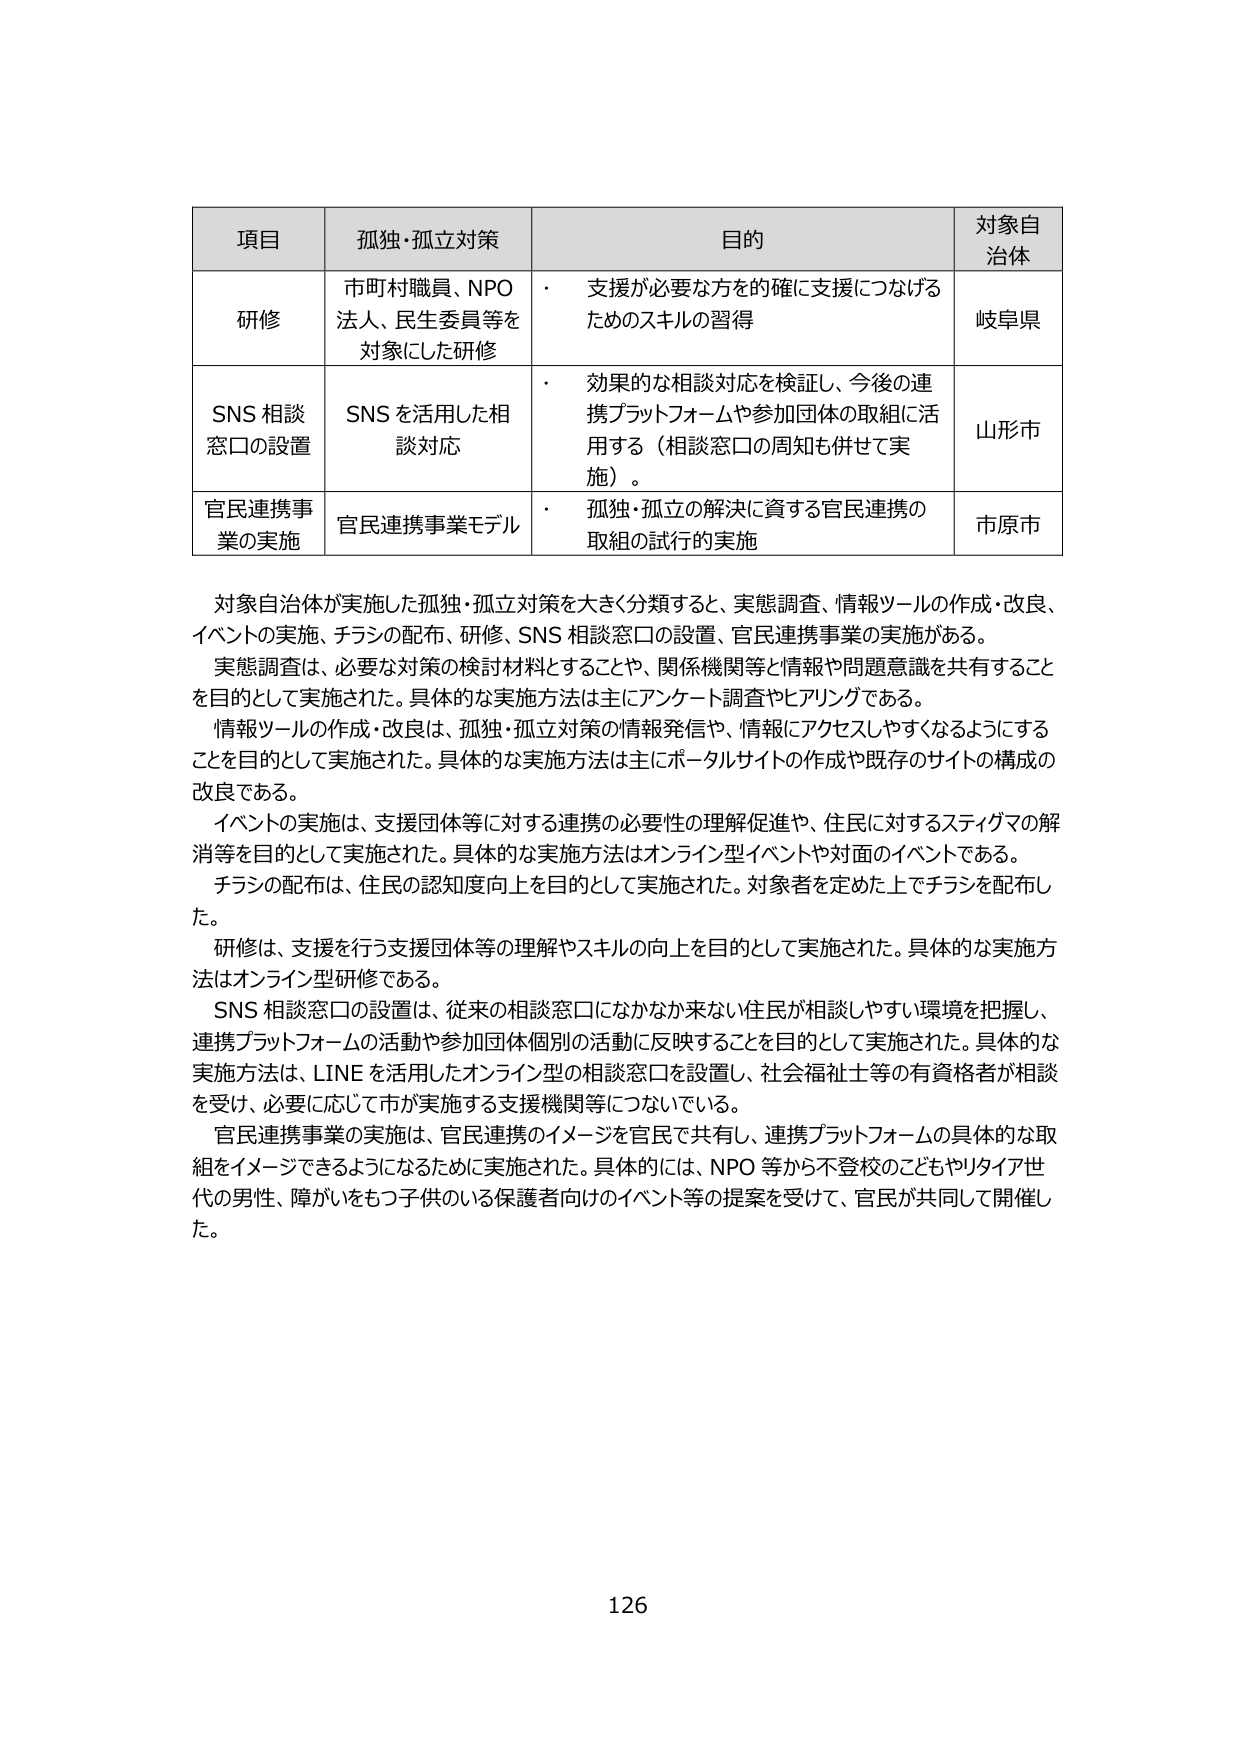
項目	孤独・孤立対策	目的	対象自治体
研修	市町村職員、NPO法人、民生委員等を対象にした研修	・ 支援が必要な方を的確に支援につなげるためのスキルの習得	岐阜県
SNS 相談窓口の設置	SNS を活用した相談対応	・ 効果的な相談対応を検証し、今後の連携プラットフォームや参加団体の取組に活用する（相談窓口の周知も併せて実施）。	山形市
官民連携事業の実施	官民連携事業モデル	・ 孤独・孤立の解決に資する官民連携の取組の試行的実施	市原市

対象自治体が実施した孤独・孤立対策を大きく分類すると、実態調査、情報ツールの作成・改良、イベントの実施、チラシの配布、研修、SNS 相談窓口の設置、官民連携事業の実施がある。
実態調査は、必要な対策の検討材料とすることや、関係機関等と情報や問題意識を共有することを目的として実施された。具体的な実施方法は主にアンケート調査やヒアリングである。
情報ツールの作成・改良は、孤独・孤立対策の情報発信や、情報にアクセスしやすくなるようにすることを目的として実施された。具体的な実施方法は主にポータルサイトの作成や既存のサイトの構成の改良である。
イベントの実施は、支援団体等に対する連携の必要性の理解促進や、住民に対するステイグマの解消等を目的として実施された。具体的な実施方法はオンライン型イベントや対面のイベントである。
チラシの配布は、住民の認知度向上を目的として実施された。対象者を定めた上でチラシを配布した。
研修は、支援を行う支援団体等の理解やスキルの向上を目的として実施された。具体的な実施方法はオンライン型研修である。
SNS 相談窓口の設置は、従来の相談窓口になかなか来ない住民が相談しやすい環境を把握し、連携プラットフォームの活動や参加団体個別の活動に反映することを目的として実施された。具体的な実施方法は、LINE を活用したオンライン型の相談窓口を設置し、社会福祉士等の有資格者が相談を受け、必要に応じて市が実施する支援機関等につないでいる。
官民連携事業の実施は、官民連携のイメージを官民で共有し、連携プラットフォームの具体的な取組をイメージできるようになるために実施された。具体的には、NPO 等から不登校のこどもやリタイア世代の男性、障がいをもつ子供のいる保護者向けのイベント等の提案を受けて、官民が共同して開催した。

126